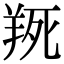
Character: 𦎄